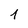
Character: 1